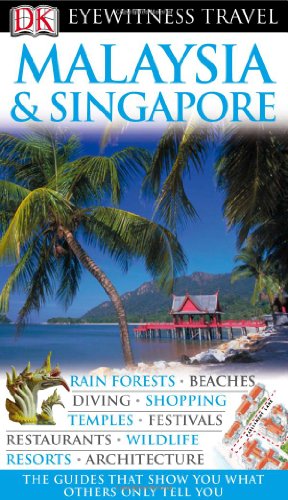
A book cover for Malaysia and Singapore (Eyewitness Travel Guides); Andrew Forbes; Travel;